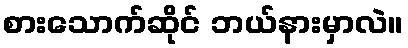
စားသောက်ဆိုင် ဘယ်နားမှာလဲ။